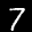
Label: 7